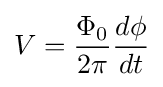
V={\frac {\Phi _{0}}{2\pi }}{\frac {d\phi }{dt}}